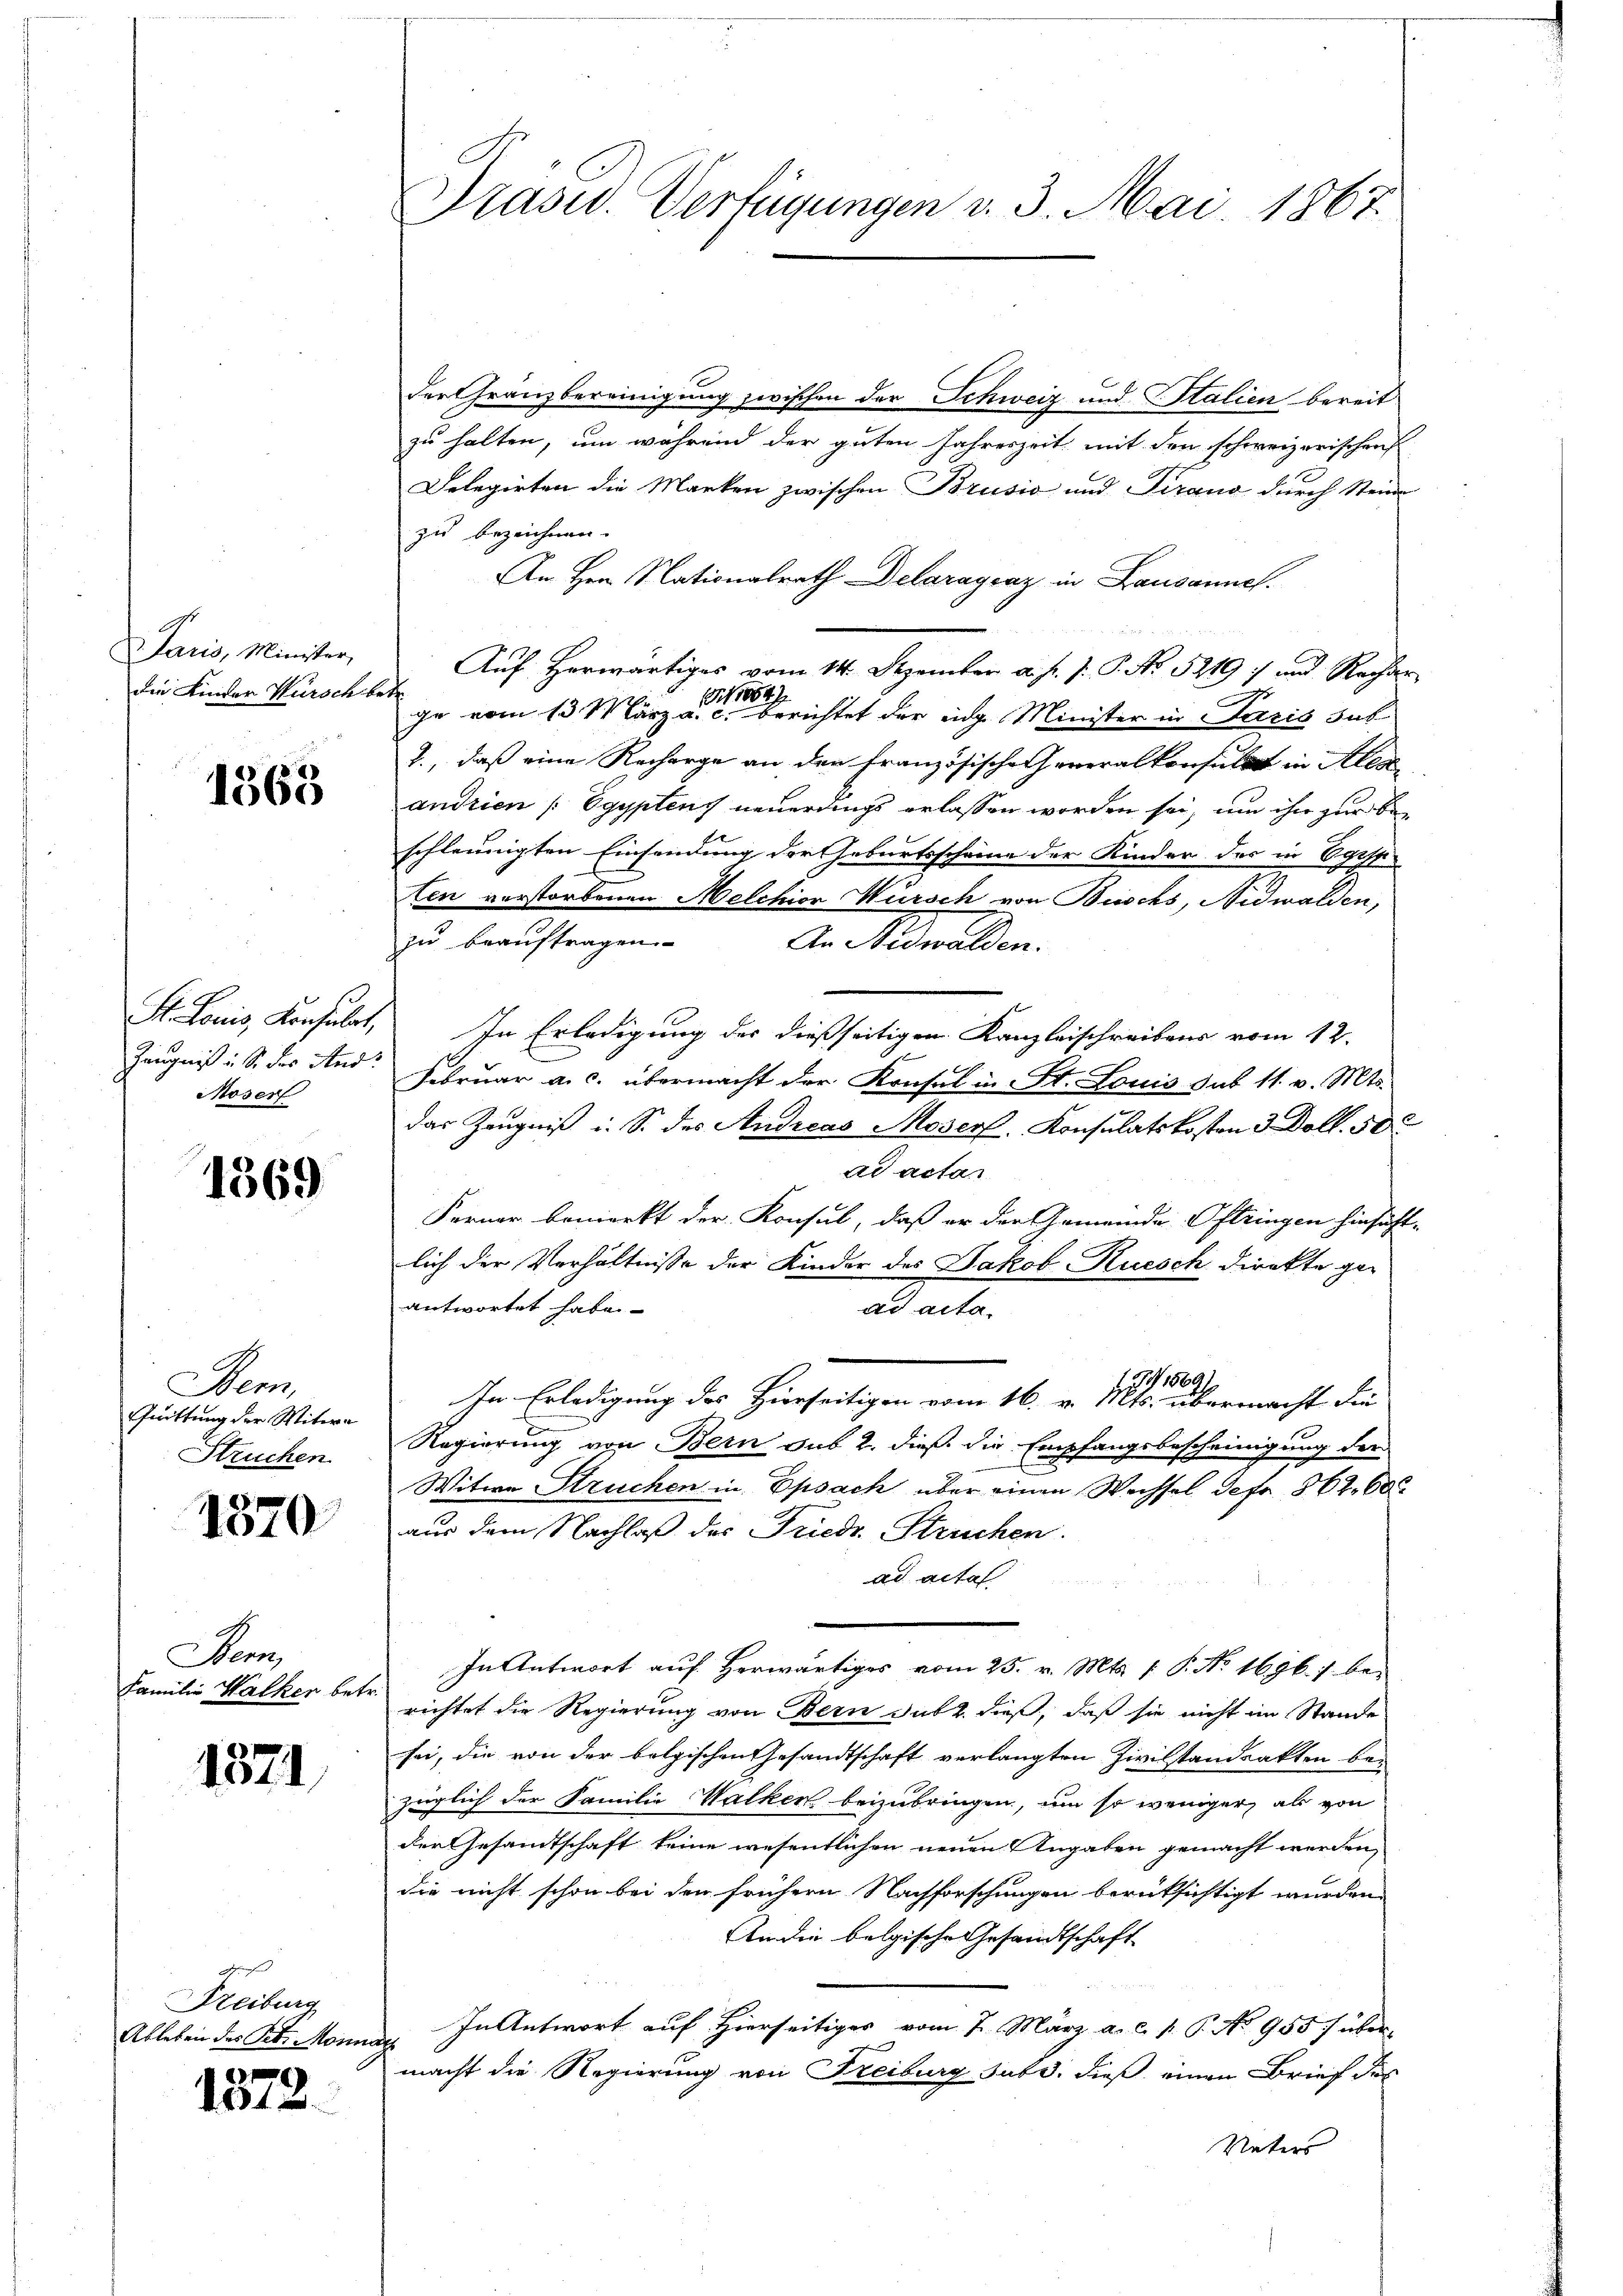
Juni, Münden,
die Kinder Würsch be¬

1363

St. Louis, Konsulat,
Zeugniß i S. des And:
Moser

1369

Bem,
Quittung der Witwe
Struchen

1870

Bern,
Familie Walker bet

1871

Freiburg
Ableben des Petr. Monna
2

161

Prasus. Verfügungen v. 3. Mai. 1867.

der Granzbereinigung zwischen der Schweiz und Stalien bereit
zu halten, um während der guten Jahreszeit, mit den schweizerischen
Delegirten die Marken zwischen Brusio und Traud durch Steine
zu bezeichnen.
An Hrn. Nationalrath Delaraycaz in Lausannes.

Auf Herwärtiges vom 14. Dezember d. J. J. P. No. 5219 :/ und Rechter
t
(i 10047
e
ge vom 13 März a. c. berichtet der eng Minister in Saris sub
t., daß eine Recharge an den Französischeheneralkonsulat in Alex
andrien /: Egyptens neuerdings erlassen worden sei, um ihr zur Beschleunigten Einsendung der Geburtsscheine der Kinder des in gest
ten verstorbenen Melchior Würsch von Bischs, Nidwalden,
zu beauftragen.
An Nidwalden.
In Erledigung der dießseitigen Kanzleischreibens vom 12.
Februar a. c. übermacht der Konsul in St. Louis sub 11. v. Mts.
das Zeugniß i. S. des Andreas Moser Konsulatskosten 3 Doll. 50
ad actan
Ferner bemerkt der Konsul, daß er der Gemeinde Oftringen hinsicht-
lich der Verhältnisse der Kinder des Jakob Rüesch direkte geantwortet habe.
ad acte.
G,1589/
In Erledigung des Hierseitigen vom 16. v. Mts. übermacht die
Regierung von Bern sub 2. dieß die Empfangsbescheinigung der
Witwe Struchen in Epsach über einen Wechsel defo 862. 60
aus dem Nachlaß des Friedr. Strucken.
ad actat
In Antwort auf herwärtiges vom 25. v. Mts. 1. P. Nr. 1696. 7. berichtet die Regierung von Bern sub 2. dieß, daß sie nicht im Stande
sei, die von der bolgischen Gesandtschaft verlangten Zivilstandsakten bei
züglich der Familie Walken beizubringen, um so weniger als von
der Gesandtschaft keine wesentlichen neuen Angaben gemacht werden,
die nicht schon bei den frühern Nachforschungen berüksichtigt wurden
An die belgische Gesandtschaft
In Antwort auf Hierseitiges vom 2. März a. c. p. P. No 955/ über-
t
macht die Regierung von Freiburg subr. dieß einen Brief des
Vaters